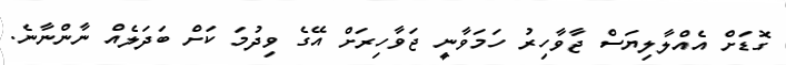
ގޮޑަށް އެއްލާލިޔަސް ޖާވާހިރު ހަމަވާނީ ޖަވާހިރަށް އޭގެ ވިދުމަ ކަށް ބަދަލެއް ނާންނާނެ.